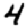
Digit: 4